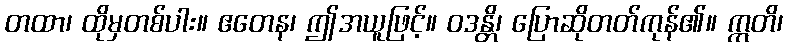
တထာ၊ ထိုမှတစ်ပါး။ ဧတေန၊ ဤအယူဖြင့်။ ဝဒန္တိ၊ ပြောဆိုတတ်ကုန်၏။ ဣတိ၊